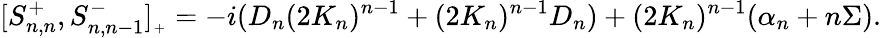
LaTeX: [S_{n,n}^{+},S_{n,n-1}^{-}]_{{}_{+}}=-i(D_{n}(2K_{n})^{n-1}+(2K_{n})^{n-1}D_{n})+(2K_{n})^{n-1}(\alpha_{n}+n\Sigma).